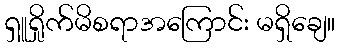
ရှူရှိုက်မိစရာအကြောင်း မရှိချေ။